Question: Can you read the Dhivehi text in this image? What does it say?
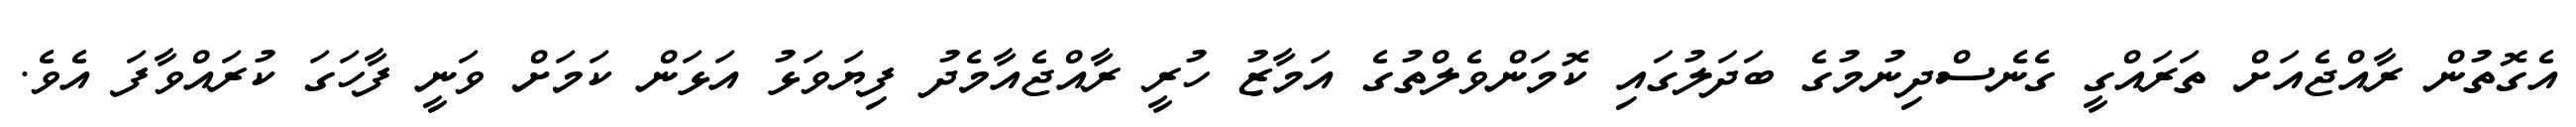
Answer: އެގޮތުން ރާއްޖެއަށް ތަރައްގީ ގެނެސްދިނުމުގެ ބަދަލުގައި ކޮމަންވެލްތުގެ އަމާޒު ހުރީ ރާއްޖެއާމެދު ފިޔަވަޅު އަޅަން ކަމަށް ވަނީ ފާހަގަ ކުރައްވާފަ އެވެ.